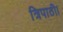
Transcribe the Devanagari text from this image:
त्रिपाठी।